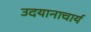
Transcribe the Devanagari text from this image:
उदयानाचार्य